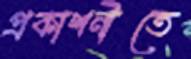
প্রকাশনীতে